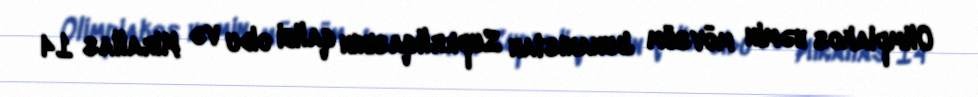
Olimpiakos həmin mövsüm Yunanıstan Superliqasının qalibi oldu və Mirallas 14